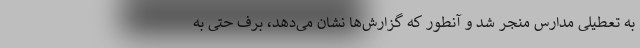
به تعطیلی مدارس منجر شد و آنطور که گزارش‌ها نشان می‌دهد، برف حتی به